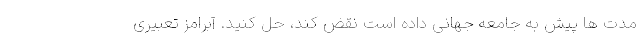
مدت ها پیش به جامعه جهانی داده است نقض کند، حل کنید. آبرامز تعبیری